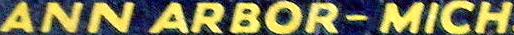
ANN ARBOR-MICH